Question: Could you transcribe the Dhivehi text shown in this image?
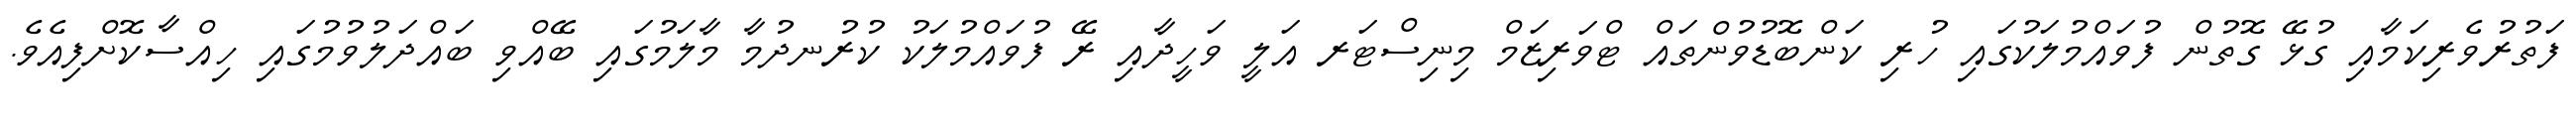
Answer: ފަތުރުވެރިކަމާއި ގުޅޭ ގޮތުން ފުވައްމުލަކުގައި ހުރި ކަންބޮޑުވުންތައް ޓްވަރިޒަމް މިނިސްޓަރ އަލީ ވަހީދާއި ރޭ ފުވައްމުލަކު ކުރުނދުމާ މާލަމުގައި ބޭއްވި ބައްދަލުވުމުގައި ހިއްސާކޮށްފިއެވެ.